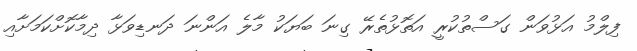
ފިލްމު އަޅުވަން ގަސްތުކުރީ އަތޮޅުތެރޭ ގިނަ ބަޔަކު މާލެ އަންނަ ދަނޑިވަޅާ ދިމާކޮށްކަމަށާއި